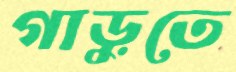
গাড়ুতে